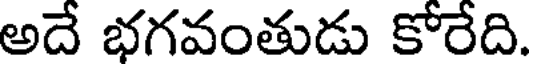
అదే భగవంతుడు కోరేది.